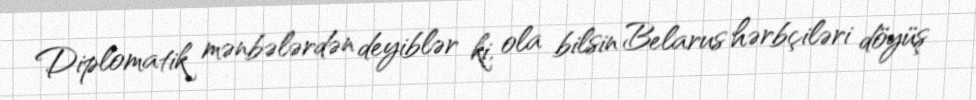
Diplomatik mənbələrdən deyiblər ki, ola bilsin Belarus hərbçiləri döyüş